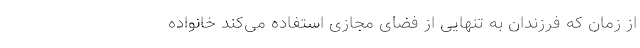
از زمان که فرزندان به تنهایی از فضای مجازی استفاده می‌کند خانواده